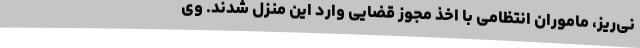
نی‌ریز، ماموران انتظامی با اخذ مجوز قضایی وارد این منزل شدند. وی